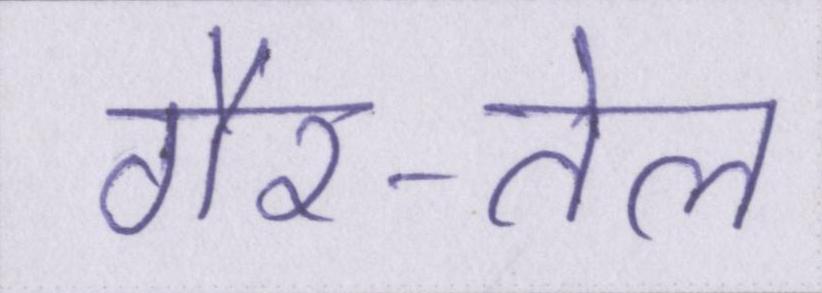
गैर-तेल